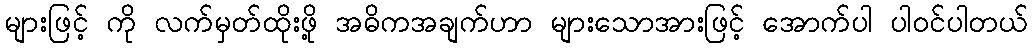
များဖြင့် ကို လက်မှတ်ထိုးဖို့ အဓိကအချက်ဟာ များသောအားဖြင့် အောက်ပါ ပါဝင်ပါတယ်